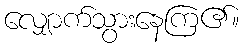
လျှောက်သွားနေကြ၏။